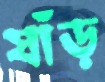
ষাঁড়